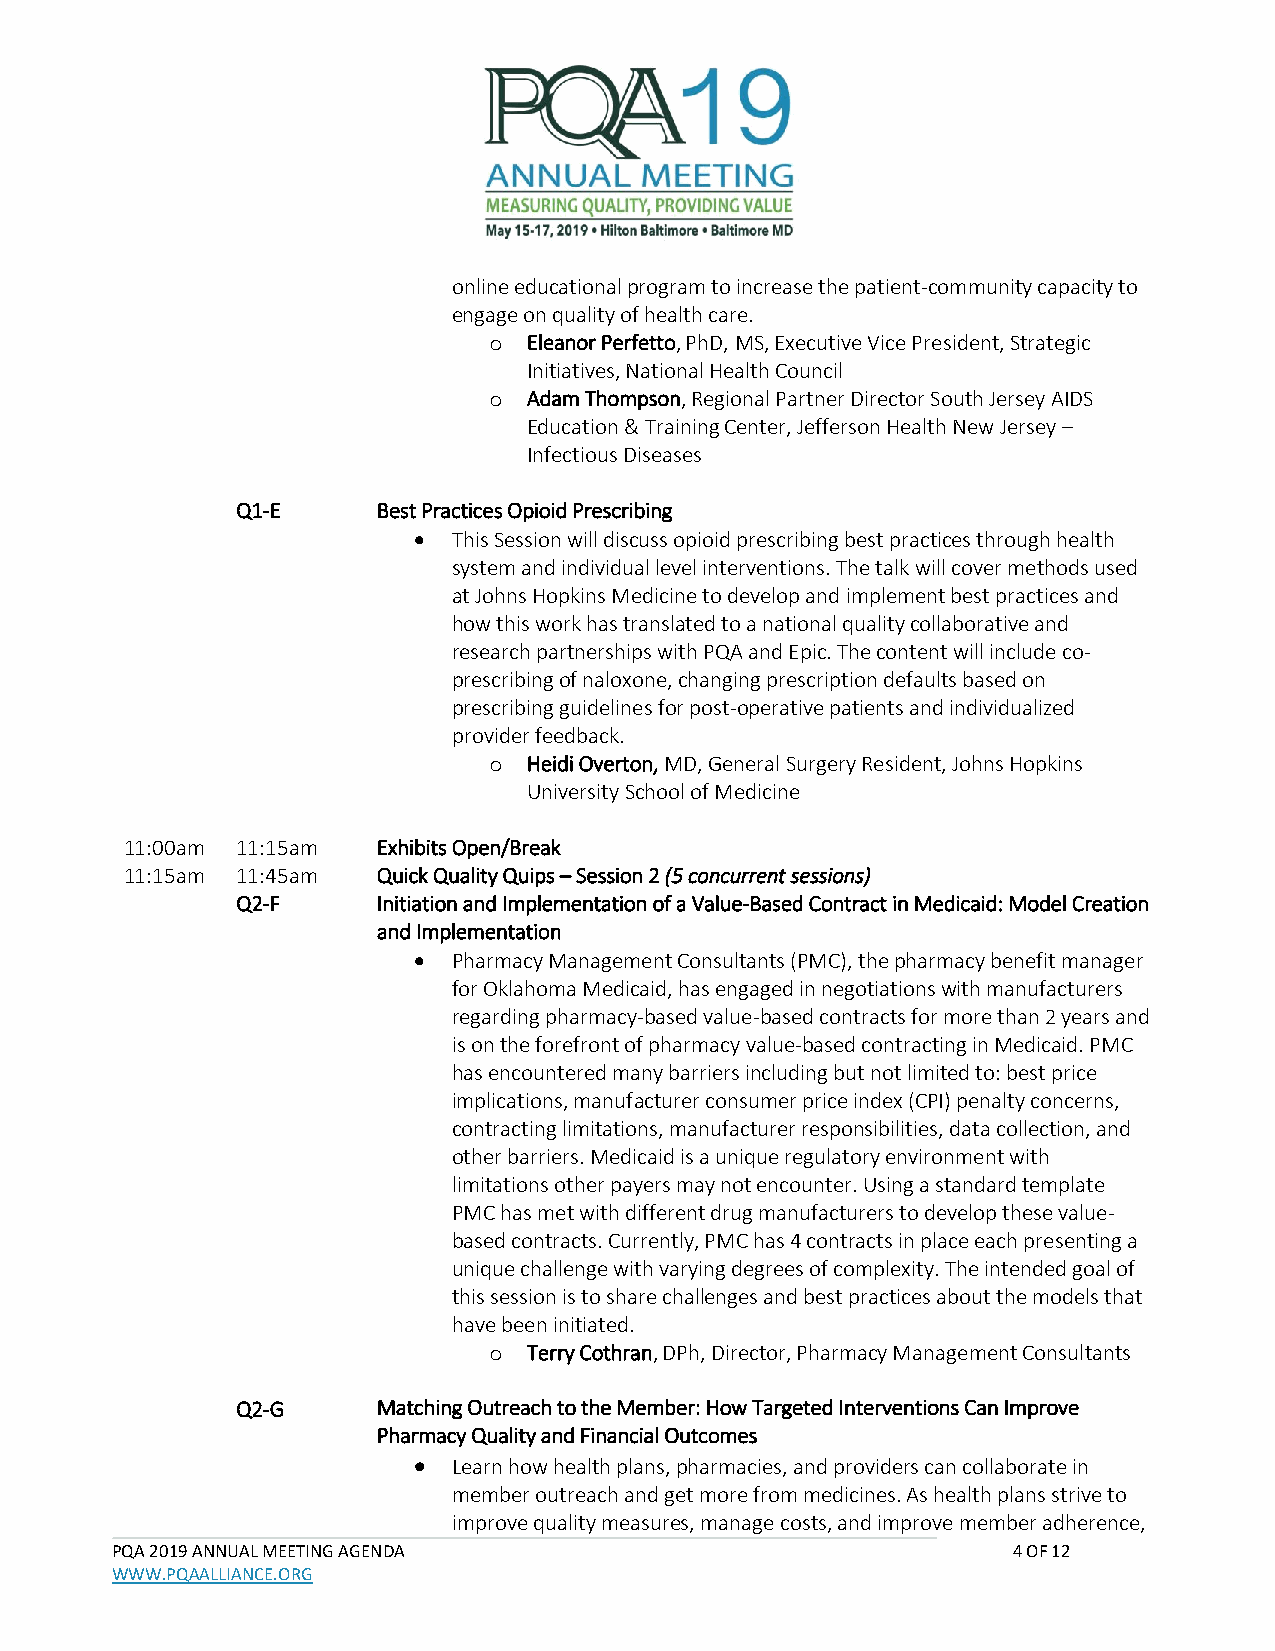
online educational program to increase the patient-community capacity to
 engage on quality of health care.
 o  Eleanor Perfetto, PhD, MS, Executive Vice President, Strategic
 Initiatives, National Health Council
 o  Adam Thompson, Regional Partner Director South Jersey AIDS
 Education & Training Center, Jefferson Health New Jersey –
 Infectious Diseases
 Q1-E     Best Practices Opioid Prescribing
 •  This Session will discuss opioid prescribing best practices through health
 system and individual level interventions. The talk will cover methods used
 at Johns Hopkins Medicine to develop and implement best practices and
 how this work has translated to a national quality collaborative and
 research partnerships with PQA and Epic. The content will include co-
 prescribing of naloxone, changing prescription defaults based on
 prescribing guidelines for post-operative patients and individualized
 provider feedback.
 o  Heidi Overton, MD, General Surgery Resident, Johns Hopkins
 University School of Medicine
 11:00am 11:15am  Exhibits Open/Break
 11:15am 11:45am  Quick Quality Quips – Session 2 (5 concurrent sessions)
 Q2-F     Initiation and Implementation of a Value-Based Contract in Medicaid: Model Creation
 and Implementation
 •  Pharmacy Management Consultants (PMC), the pharmacy benefit manager
 for Oklahoma Medicaid, has engaged in negotiations with manufacturers
 regarding pharmacy-based value-based contracts for more than 2 years and
 is on the forefront of pharmacy value-based contracting in Medicaid. PMC
 has encountered many barriers including but not limited to: best price
 implications, manufacturer consumer price index (CPI) penalty concerns,
 contracting limitations, manufacturer responsibilities, data collection, and
 other barriers. Medicaid is a unique regulatory environment with
 limitations other payers may not encounter. Using a standard template
 PMC has met with different drug manufacturers to develop these value-
 based contracts. Currently, PMC has 4 contracts in place each presenting a
 unique challenge with varying degrees of complexity. The intended goal of
 this session is to share challenges and best practices about the models that
 have been initiated.
 o  Terry Cothran, DPh, Director, Pharmacy Management Consultants
 Q2-G     Matching Outreach to the Member: How Targeted Interventions Can Improve
 Pharmacy Quality and Financial Outcomes
 •  Learn how health plans, pharmacies, and providers can collaborate in
 member outreach and get more from medicines. As health plans strive to
 improve quality measures, manage costs, and improve member adherence,
 PQA 2019 ANNUAL MEETING AGENDA                              4 OF 12
 WWW.PQAALLIANCE.ORG